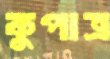
কুপাত্র